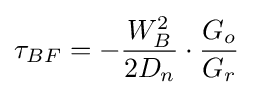
\tau _{BF}=-{\frac {W_{B}^{2}}{2D_{n}}}\cdot {\frac {G_{o}}{G_{r}}}